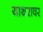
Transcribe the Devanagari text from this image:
याथरावर